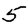
Digit: 5